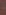
-